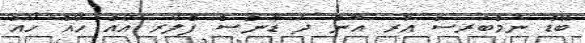
ބޭޑް ނަމްބަރސް އާރ އޮން ދަ ޑާންސް ފްލޯރ އޯއް ހޯއް ހޯއް